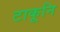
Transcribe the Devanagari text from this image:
टाकूनि